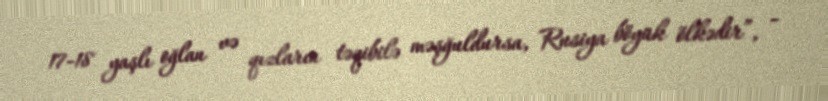
17-18 yaşlı oğlan və qızların təqibilə məşğuldursa, Rusiya böyük ölkədir”, -